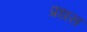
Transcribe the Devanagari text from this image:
प्रधस